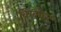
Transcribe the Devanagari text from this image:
क्रिक्केट